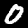
Label: 0